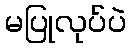
မပြုလုပ်ပဲ